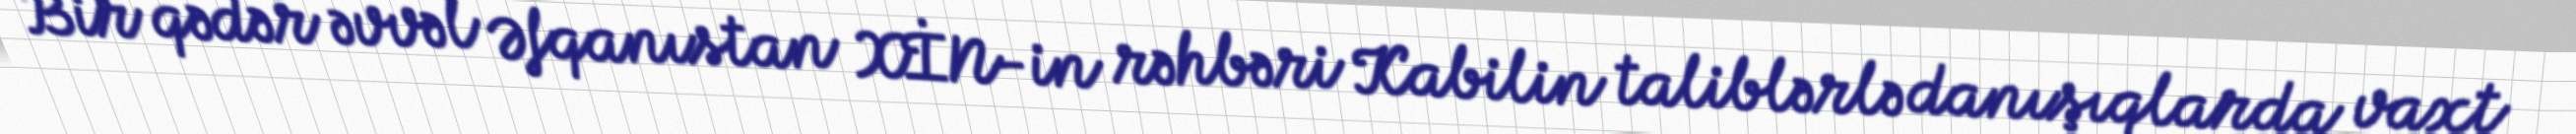
Bir qədər əvvəl Əfqanıstan XİN-in rəhbəri Kabilin taliblərlə danışıqlarda vaxt